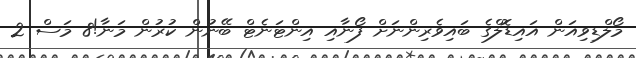
މޯލްޑިވިއަން އައިޑޮލްގެ ބައިވެރިންނަށް ފޯނާއި އިންޓަނެޓް ބޭނުން ކުރުން މަނާ!8 މަސް 2